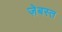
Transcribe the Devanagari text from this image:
ज़ेबस्त